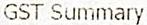
GST SUMMARY